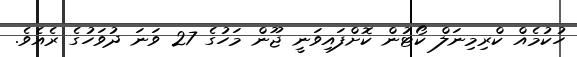
ހުކުމެއް ކްރިމިނަލް ކޯޓުން ކޮށްފައިވަނީ ޖޫން މަހުގެ 27 ވަނަ ދުވަހުގެ ރެއެވެ.